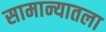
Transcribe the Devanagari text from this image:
सामान्यातला